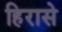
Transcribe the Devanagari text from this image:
हिरासे